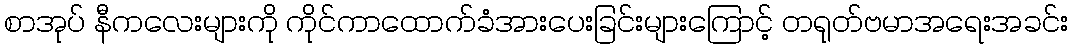
စာအုပ် နီကလေးများကို ကိုင်ကာထောက်ခံအားပေးခြင်းများကြောင့် တရုတ်ဗမာအရေးအခင်း